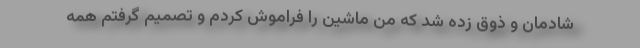
شادمان و ذوق زده شد که من ماشین را فراموش کردم و تصمیم گرفتم همه